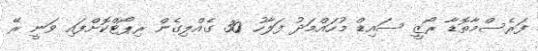
ފަރެސްމާތޮޑާ ރޯޒީ ސައިޑް މުހައްމަދު ފަލާހު 30 ގެއްލިގެން ރިޕޯޓްކޮށްފައި ވަނީ ރޭ